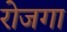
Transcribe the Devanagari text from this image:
रोजगा